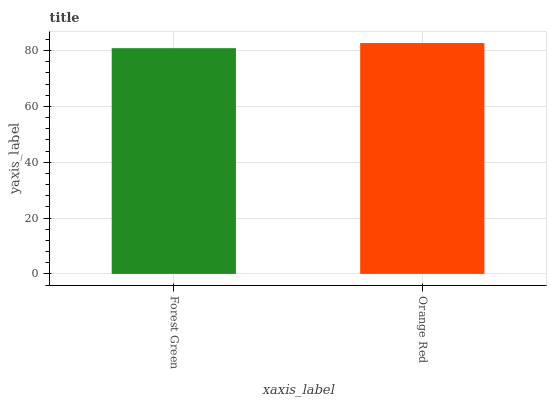
| xaxis_label | bars |
 | --- | --- |
 | Forest Green | 80.8 |
 | Orange Red | 82.7 |